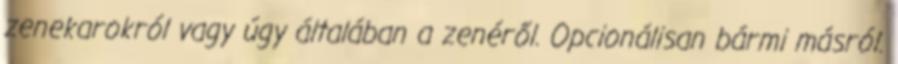
zenekarokról vagy úgy általában a zenéről. Opcionálisan bármi másról.